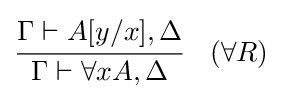
{\cfrac {\Gamma \vdash A[y/x],\Delta }{\Gamma \vdash \forall xA,\Delta }}\quad ({\forall }R)